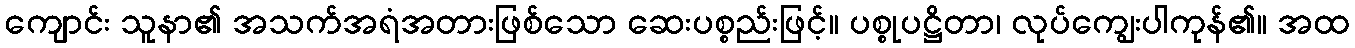
ကျောင်း သူနာ၏ အသက်အရံအတားဖြစ်သော ဆေးပစ္စည်းဖြင့်။ ပစ္စုပဋ္ဌိတာ၊ လုပ်ကျွေးပါကုန်၏။ အထ